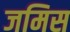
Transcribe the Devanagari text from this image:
जमिस